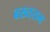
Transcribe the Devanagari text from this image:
बख्तराम